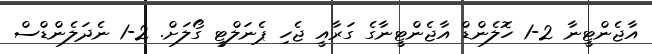
އާޖެންޓީނާ 2-1 ހޮލެންޑް އާޖެންޓީނާގެ ގަރާއީ ޖެހި ޕެނަލްޓީ ގޯލަށް. 2-1 ނެދަލެންޑްސް